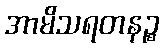
အာမိသရတနဉ္စ